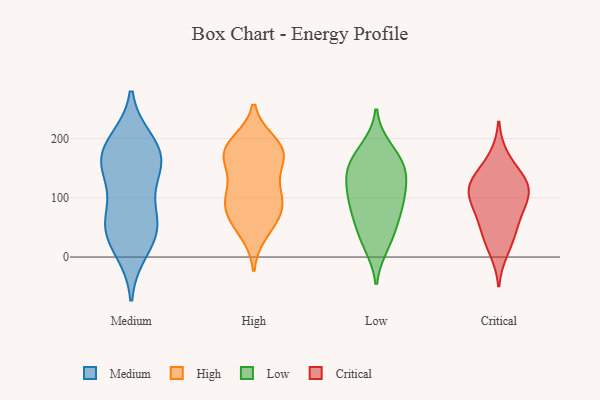
{"axis": {"x": "Satisfaction Score", "y": "Value"}, "legend": ["Critical", "High", "Low", "Medium"], "data": [{"x": "", "y": 133, "type": "Medium"}, {"x": "", "y": 56, "type": "Medium"}, {"x": "", "y": 160, "type": "Medium"}, {"x": "", "y": 193, "type": "Medium"}, {"x": "", "y": 179, "type": "Medium"}, {"x": "", "y": 54, "type": "Medium"}, {"x": "", "y": 66, "type": "Medium"}, {"x": "", "y": 154, "type": "Medium"}, {"x": "", "y": 175, "type": "Medium"}, {"x": "", "y": 13, "type": "Medium"}, {"x": "", "y": 40, "type": "Medium"}, {"x": "", "y": 74, "type": "High"}, {"x": "", "y": 107, "type": "High"}, {"x": "", "y": 177, "type": "High"}, {"x": "", "y": 99, "type": "High"}, {"x": "", "y": 163, "type": "High"}, {"x": "", "y": 72, "type": "High"}, {"x": "", "y": 176, "type": "High"}, {"x": "", "y": 184, "type": "High"}, {"x": "", "y": 41, "type": "High"}, {"x": "", "y": 181, "type": "High"}, {"x": "", "y": 58, "type": "High"}, {"x": "", "y": 193, "type": "High"}, {"x": "", "y": 153, "type": "High"}, {"x": "", "y": 94, "type": "High"}, {"x": "", "y": 111, "type": "High"}, {"x": "", "y": 55, "type": "Low"}, {"x": "", "y": 91, "type": "Low"}, {"x": "", "y": 152, "type": "Low"}, {"x": "", "y": 81, "type": "Low"}, {"x": "", "y": 183, "type": "Low"}, {"x": "", "y": 143, "type": "Low"}, {"x": "", "y": 21, "type": "Low"}, {"x": "", "y": 31, "type": "Low"}, {"x": "", "y": 170, "type": "Low"}, {"x": "", "y": 86, "type": "Low"}, {"x": "", "y": 124, "type": "Low"}, {"x": "", "y": 148, "type": "Low"}, {"x": "", "y": 115, "type": "Low"}, {"x": "", "y": 118, "type": "Critical"}, {"x": "", "y": 39, "type": "Critical"}, {"x": "", "y": 75, "type": "Critical"}, {"x": "", "y": 115, "type": "Critical"}, {"x": "", "y": 122, "type": "Critical"}, {"x": "", "y": 84, "type": "Critical"}, {"x": "", "y": 169, "type": "Critical"}, {"x": "", "y": 43, "type": "Critical"}, {"x": "", "y": 124, "type": "Critical"}, {"x": "", "y": 90, "type": "Critical"}, {"x": "", "y": 10, "type": "Critical"}, {"x": "", "y": 136, "type": "Critical"}]}